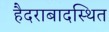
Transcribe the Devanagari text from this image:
हैदराबादस्थित